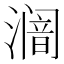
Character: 𱨿